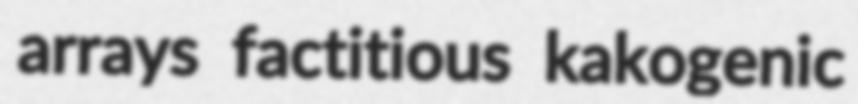
arrays factitious kakogenic